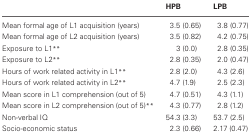
<table><thead><tr><td></td><td><b>HPB</b></td><td><b>LPB</b></td></tr></thead><tbody><tr><td>Mean formal age of L1 acquisition (years)</td><td>3.5 (0.65)</td><td>3.8 (0.77)</td></tr><tr><td>Mean formal age of L2 acquisition (years)</td><td>3.5 (0.82)</td><td>4.2 (0.75)</td></tr><tr><td>Exposure to L1<sup>**</sup></td><td>3 (0.0)</td><td>2.8 (0.35)</td></tr><tr><td>Exposure to L2<sup>**</sup></td><td>2.8 (0.35)</td><td>2.0 (0.47)</td></tr><tr><td>Hours of work related activity in L1<sup>**</sup></td><td>2.8 (2.0)</td><td>4.3 (2.6)</td></tr><tr><td>Hours of work related activity in L2<sup>**</sup></td><td>4.7 (1.9)</td><td>2.5 (2.3)</td></tr><tr><td>Mean score in L1 comprehension (out of 5)</td><td>4.7 (0.51)</td><td>4.3 (1.1)</td></tr><tr><td>Mean score in L2 comprehension (out of 5)<sup>**</sup></td><td>4.3 (0.77)</td><td>2.8 (1.2)</td></tr><tr><td>Non-verbal IQ</td><td>54.3 (3.3)</td><td>53.7 (2.5)</td></tr><tr><td>Socio-economic status</td><td>2.3 (0.66)</td><td>2.17 (0.47)</td></tr></tbody></table>